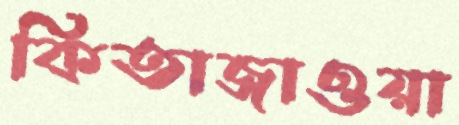
কিতাজাওয়া